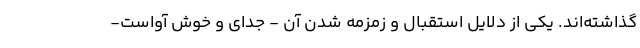
گذاشته‌اند. یکی از دلایل استقبال و زمزمه شدن آن - جدای و خوش آواست-